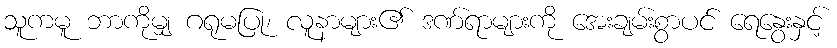
သူကမူ ဘာကိုမျှ ဂရုမပြု၊ လူနာများ၏ ဒဏ်ရာများကို အေးချမ်းစွာပင် ရေနွေးနှင့်